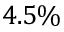
4 . 5 \%